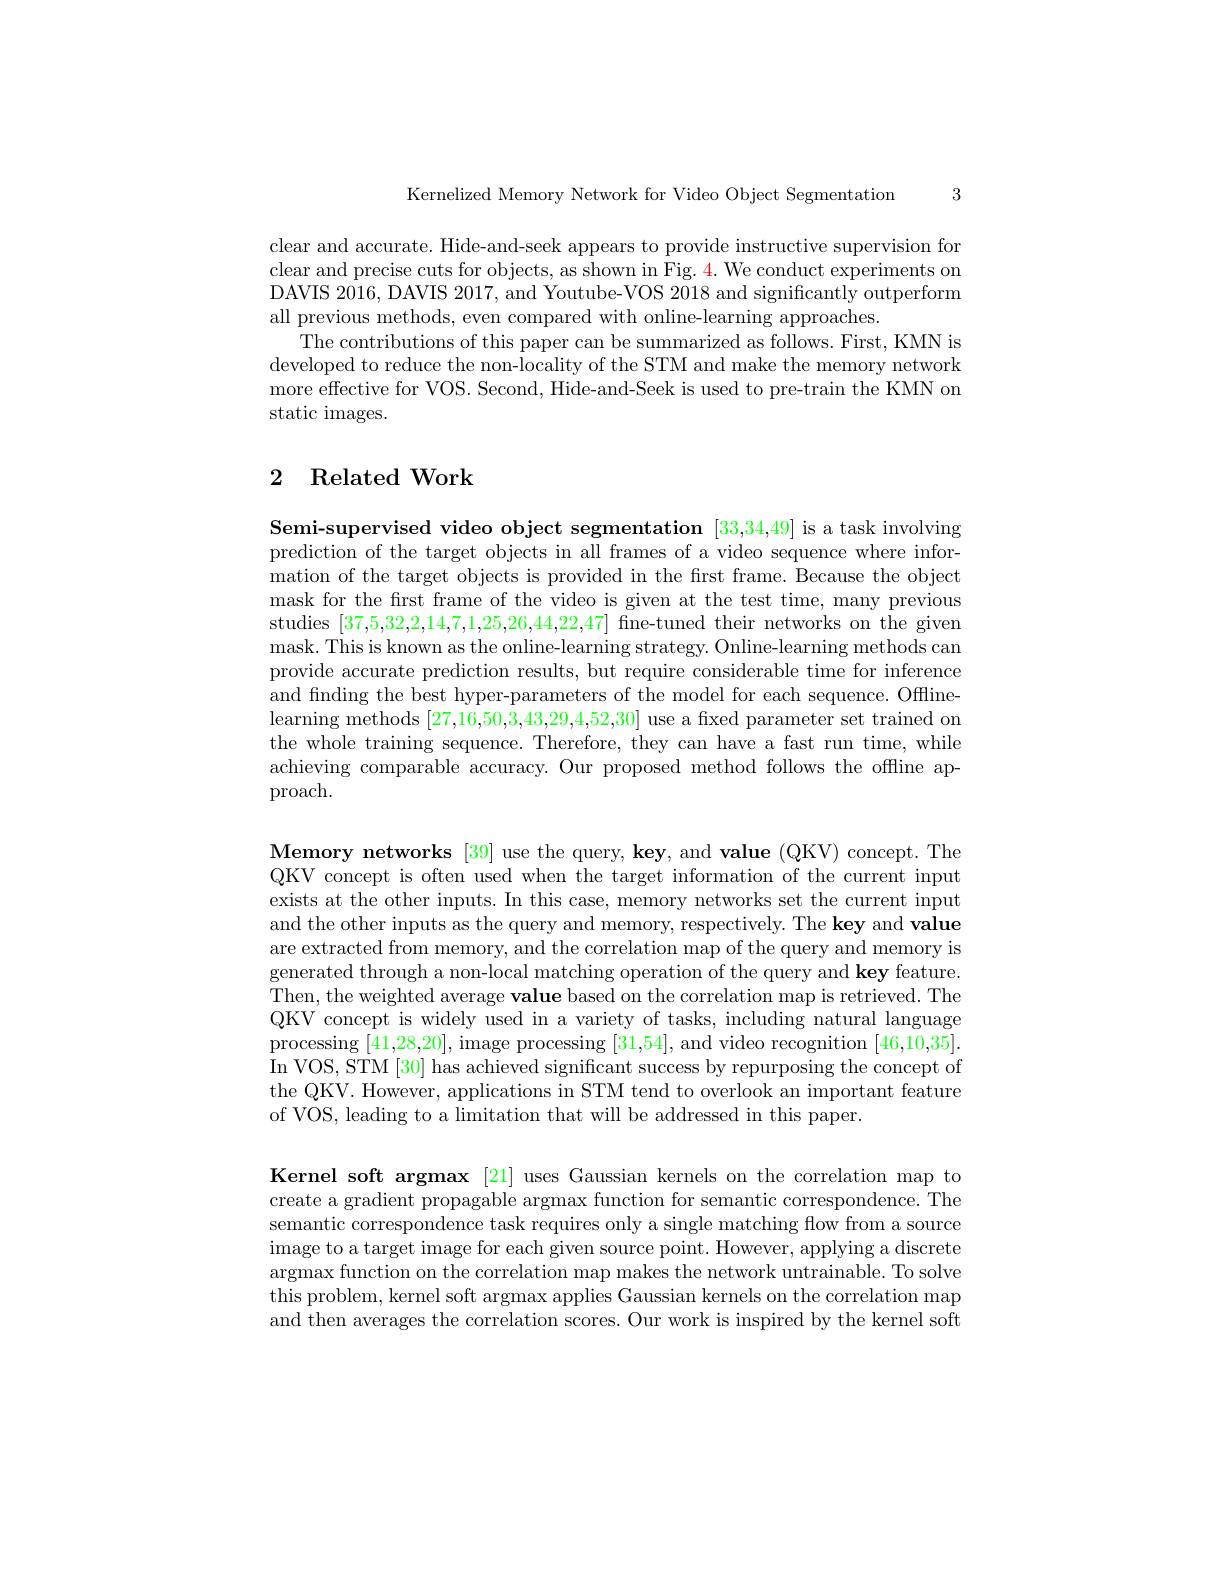
3

Kernelized Memory Network for Video Object Segmentation

clear and accurate. Hide-and-seek appears to provide instructive supervision for clear and precise cuts for objects, as shown in Fig. 4. We conduct experiments on DAVIS 2016, DAVIS 2017, and Youtube- VOS 2018 and significantly outperform all previous methods, even compared with online-learning approaches.
The contributions of this paper can be summarized as follows. First, KMN is developed to reduce the non-locality of the STM and make the memory network more effective for VOS. Second, Hide-and-Seek is used to pre-train the KMN on static images.

## 2 Related Work

Semi-supervised video object segmentation [33,34,49] is a task involving prediction of the target objects in all frames of a video sequence where information of the target objects is provided in the first frame. Because the object mask for the first frame of the video is given at the test time, many previous studies [37,5,32,2,14,7,1,25,26,44,22,47] fne-tuned their networks on the given mask. This is known as the online-learning strategy. Online-learning methods can provide accurate prediction results, but require considerable time for inference and finding the best hyper-parameters of the model for each sequence. Offlinelearning methods [27,16,50,3,43,29,4,52,30] use a fxed parameter set trained on the whole training sequence. Therefore, they can have a fast run time, while achieving comparable accuracy. Our proposed method follows the offline approach.

Memory networks [39] use the query, key, and value (QKV) concept. The QKV concept is often used when the target information of the current input exists at the other inputs. In this case, memory networks set the current input and the other inputs as the query and memory, respectively. The key and value are extracted from memory, and the correlation map of the query and memory is generated through a non-local matching operation of the query and key feature. Then, the weighted average value based on the correlation map is retrieved. The QKV concept is widely used in a variety of tasks, including natural language processing [41,28,20], image processing [31,54], and video recognition [46,10,35]. In VOS, STM [30] has achieved significant success by repurposing the concept of the QKV. However, applications in STM tend to overlook an important feature of VOS, leading to a limitation that will be addressed in this paper.

Kernel soft argmax [21] uses Gaussian kernels on the correlation map to create a gradient propagable argmax function for semantic correspondence. The semantic correspondence task requires only a single matching flow from a source image to a target image for each given source point. However, applying a discrete argmax function on the correlation map makes the network untrainable. To solve this problem, kernel soft argmax applies Gaussian kernels on the correlation map and then averages the correlation scores. Our work is inspired by the kernel soft